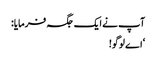
آپ نے ایک جگہ فرمایا:
‘اے لوگو!